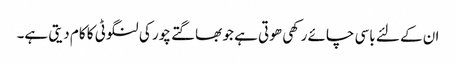
ان کے لئے باسی چائے رکھی ھوتی ہے جو بھاگتے چور کی لنگوٹی کا کام دیتی ہے۔